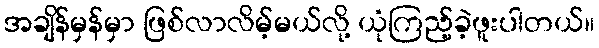
အချိန်မှန်မှာ ဖြစ်လာလိမ့်မယ်လို့ ယုံကြည့်ခဲ့ဖူးပါတယ်။